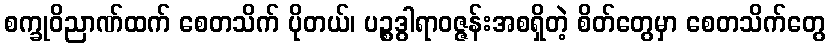
စက္ခုဝိညာဏ်ထက် စေတသိက် ပိုတယ်၊ ပဉ္စဒွါရာဝဇ္ဇန်းအစရှိတဲ့ စိတ်တွေမှာ စေတသိက်တွေ